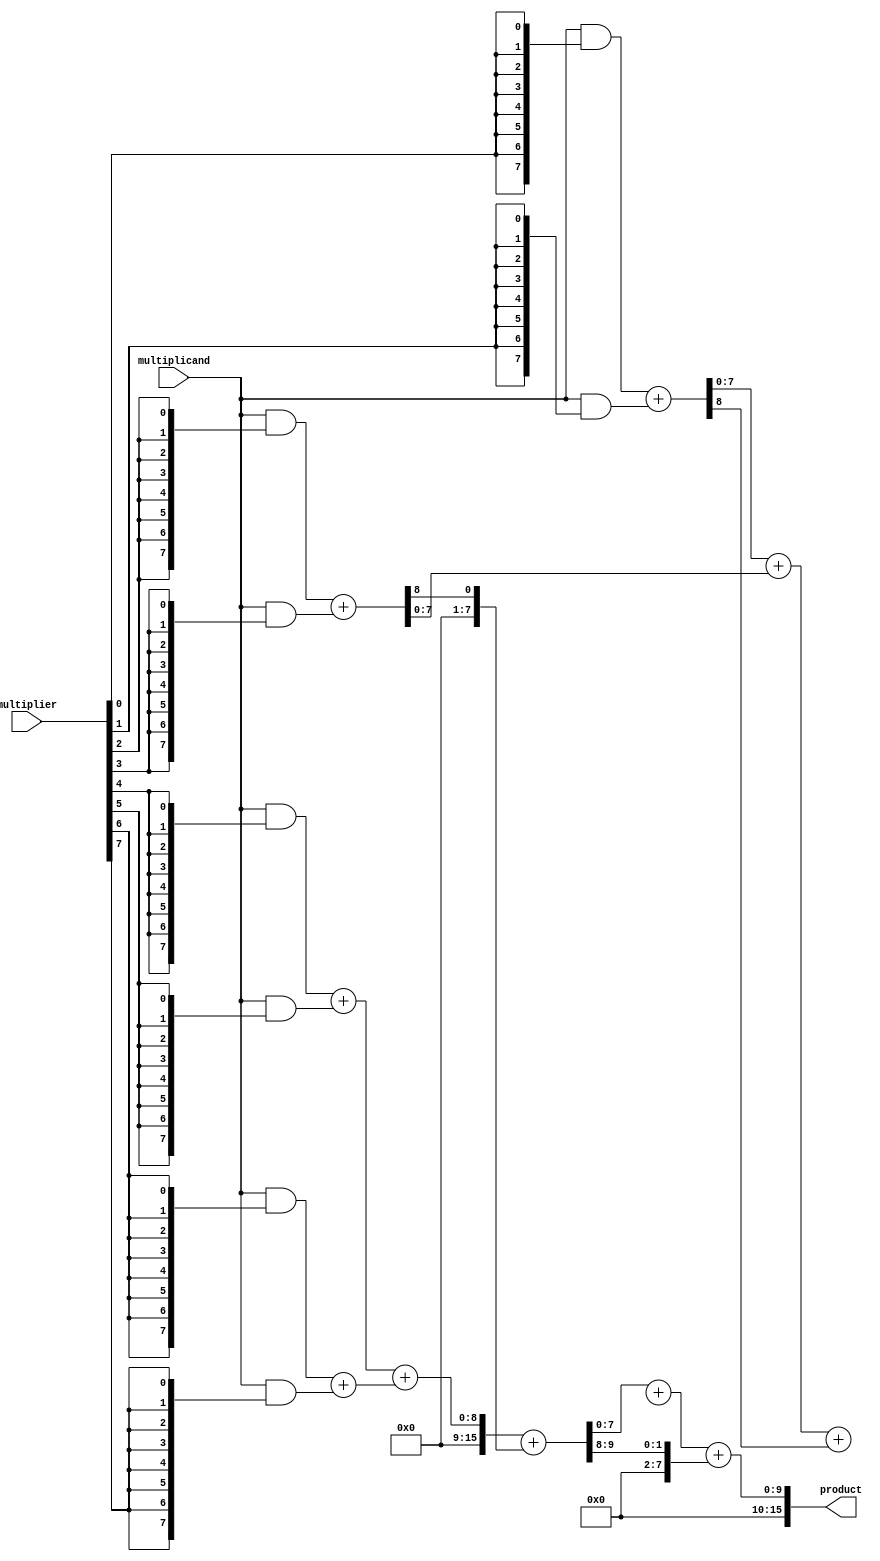
module AdaptiveWallaceTreeMultiplier #(parameter N = 8)(
    input [N-1:0] multiplicand,
    input [N-1:0] multiplier,
    output reg [2*N-1:0] product
);

// Generate partial products
wire [N-1:0] pp[N-1:0]; // Partial products
genvar i;
generate
    for (i = 0; i < N; i = i + 1) begin : pp_gen
        assign pp[i] = multiplicand & {N{multiplier[i]}};
    end
endgenerate

// Wallace tree reduction
wire [N-1:0] level1_sum[0:N/2-1];
wire [N-1:0] level1_carry[0:N/2-1];
wire [N-1:0] level2_sum[0:N/4-1];
wire [N-1:0] level2_carry[0:N/4-1];

// First reduction stage
generate
    for (i = 0; i < N; i = i + 2) begin : level1
        if (i < N - 1) begin
            assign {level1_carry[i/2], level1_sum[i/2]} = pp[i] + pp[i+1];
        end else begin
            assign level1_sum[i/2] = pp[i];
            assign level1_carry[i/2] = 0;
        end
    end
endgenerate

// Second reduction stage
generate
    for (i = 0; i < (N/2); i = i + 2) begin : level2
        if (i < (N/2 - 1)) begin
            assign {level2_carry[i/4], level2_sum[i/4]} = level1_sum[i] + level1_sum[i+1] + level1_carry[i/2];
        end else begin
            assign level2_sum[i/4] = level1_sum[i];
            assign level2_carry[i/4] = level1_carry[i/2];
        end
    end
endgenerate

// Final addition of two remaining rows
wire [N:0] final_sum;
wire [N:0] final_carry;

assign {final_carry, final_sum} = level2_sum[0] + level2_sum[1] + level2_carry[0];

// Output product
always @(*) begin
    product = {final_carry, final_sum};
end

endmodule